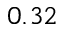
0 . 3 2